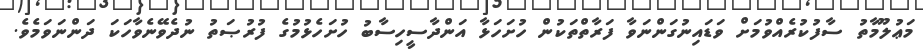
މަޢުލޫމާތު ސާފުކުރެއްވުމަށް ވަޑައިނުގަންނަވާ ފަރާތްތަކުން ހުށަހަޅާ އަންދާސީހިސާބު ހުށަހެޅުމުގެ ފުރުޞަތު ނުދެވޭނެވާހަކަ ދަންނަވަމެވެ.